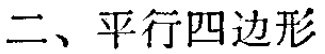
二、平行四边形